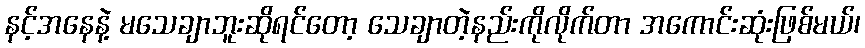
နင့်အနေနဲ့ မသေချာဘူးဆိုရင်တော့ သေချာတဲ့နည်းကိုလိုက်တာ အကောင်းဆုံးဖြစ်မယ်၊